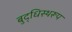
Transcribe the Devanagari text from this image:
बुद्धिस्थरूप